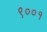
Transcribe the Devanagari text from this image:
९००१